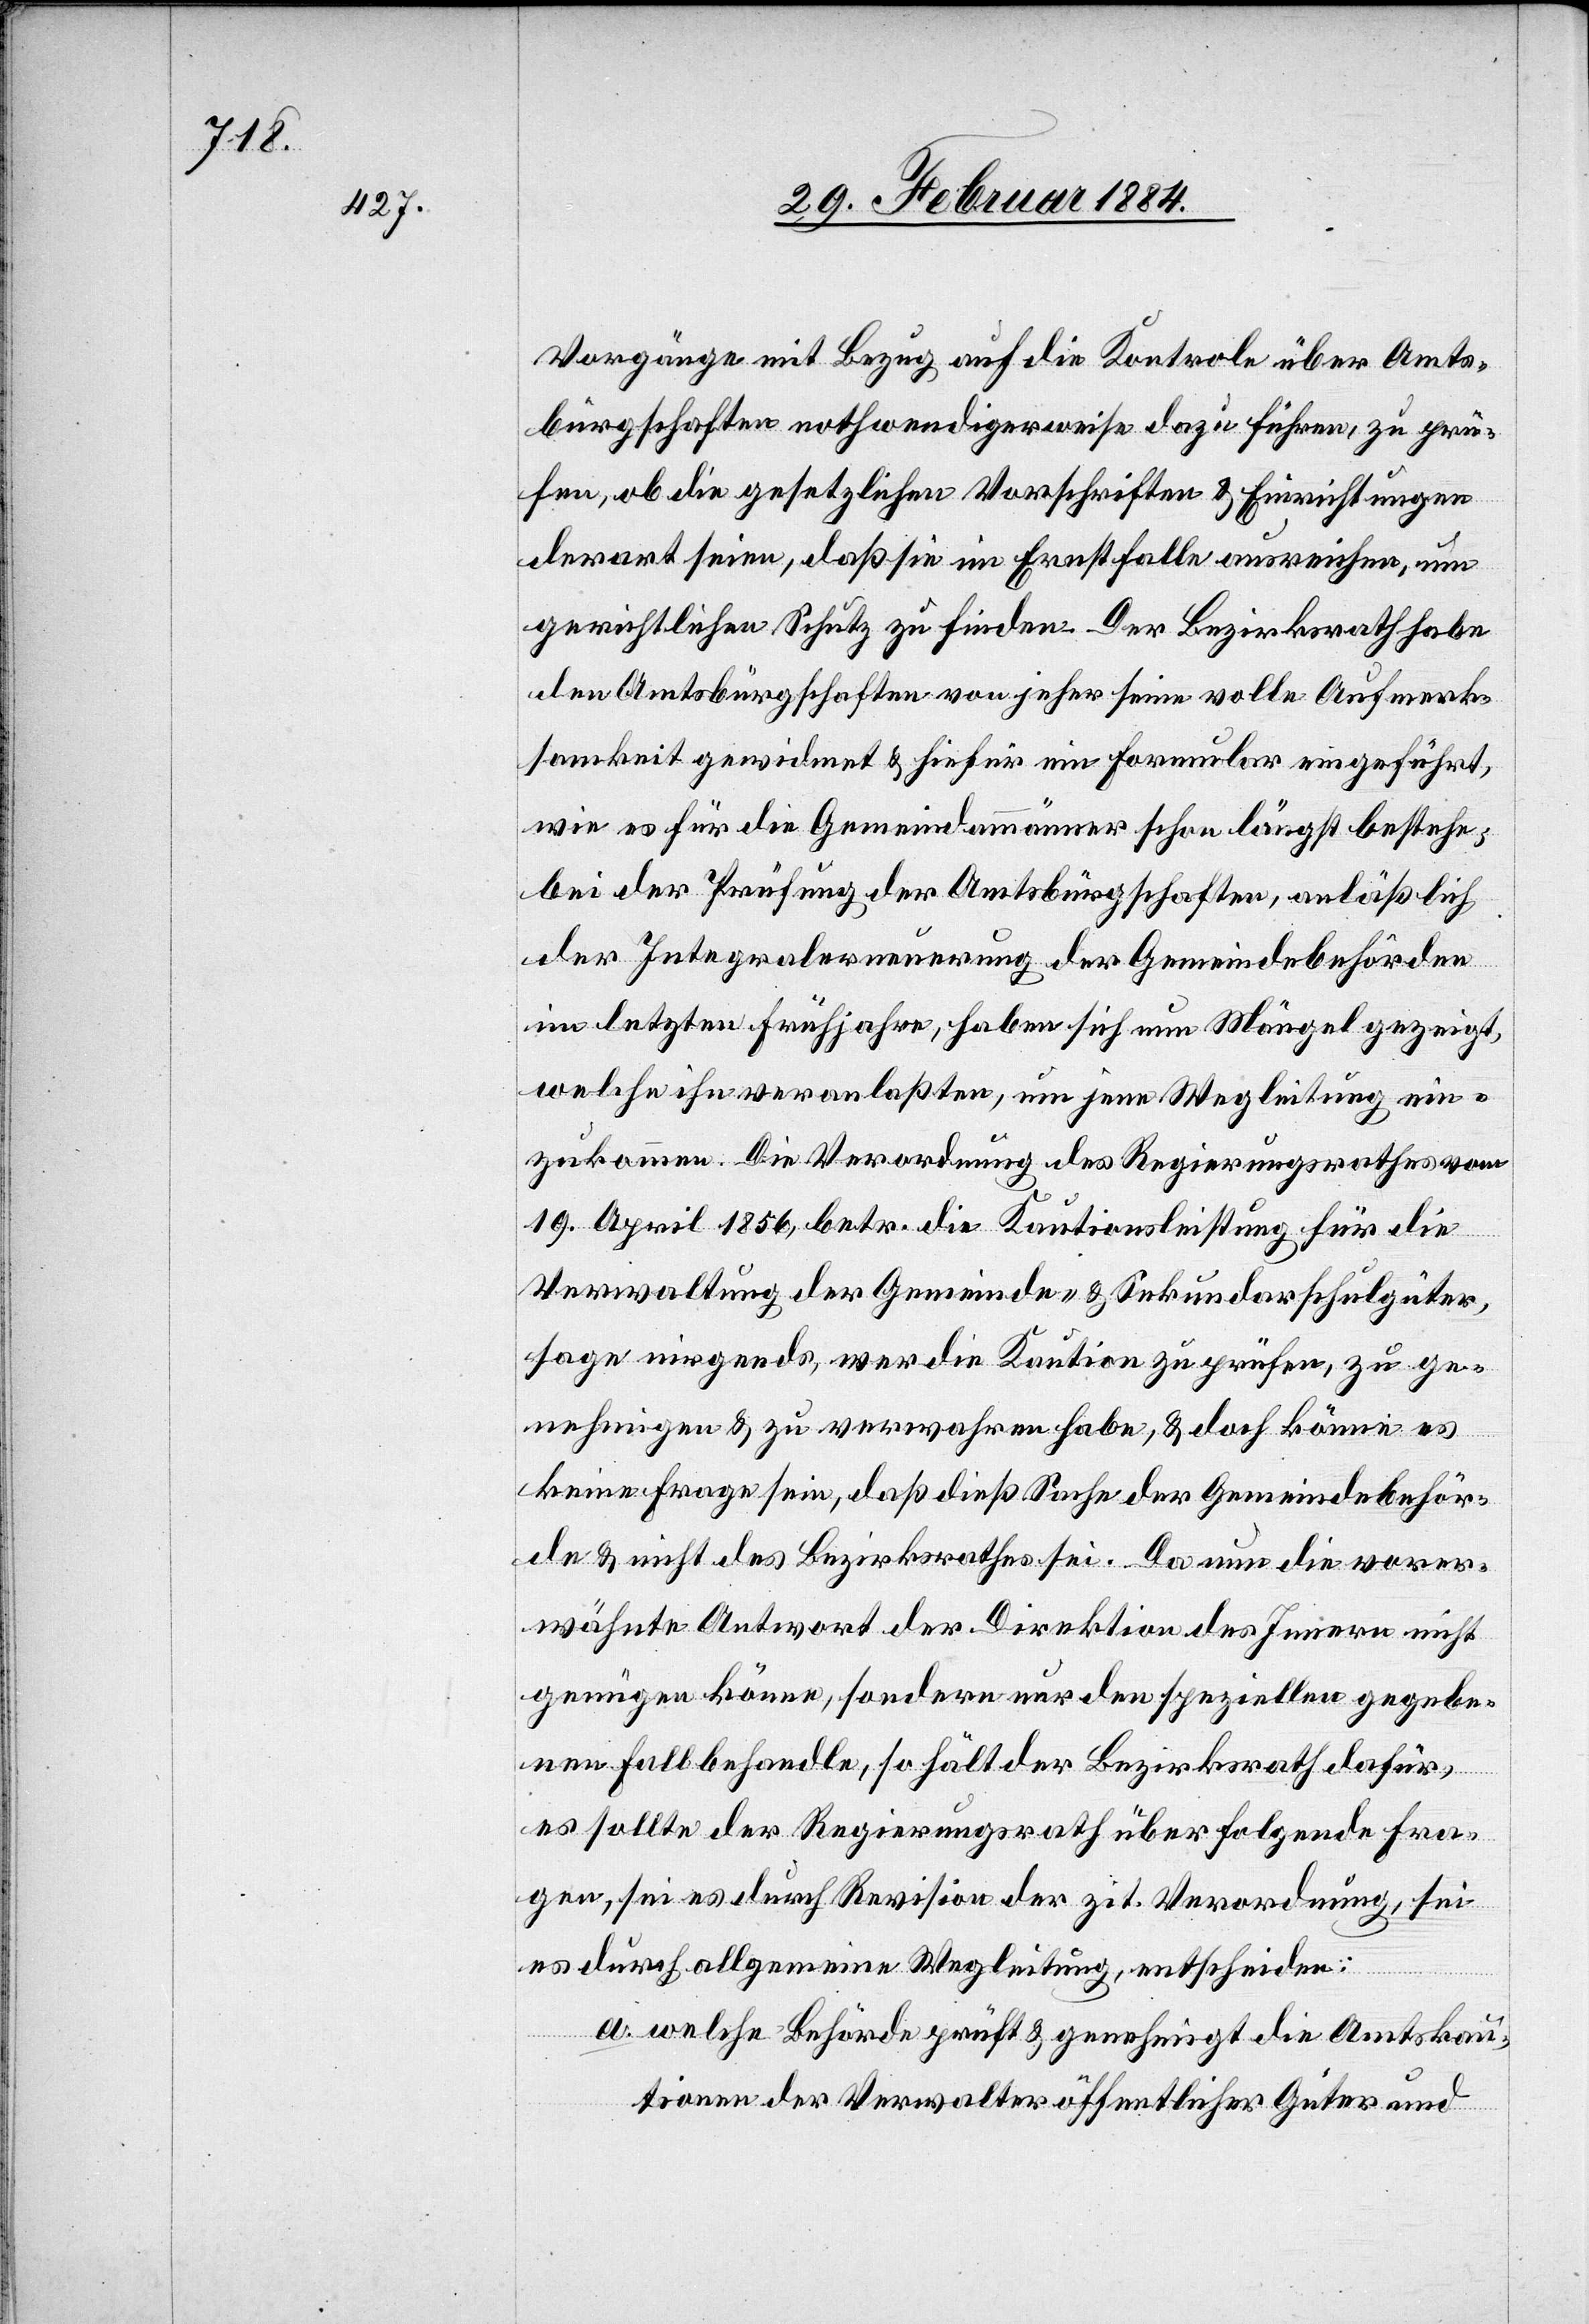
Vorgänge mit Bezug auf die Kontrole über Amts¬
bürgschaften nothwendigerweise dazu führen, zu prü¬
fen, ob die gesetzlichen Vorschriften & Einrichtungen
derart seien, daß sie im Ernstfalle ausreichen, um
gerichtlichen Schutz zu finden. Der Bezirksrath habe
den Amtsbürgschaften von jeher seine volle Aufmerk¬
samkeit gewidmet & hiefür ein Formular eingeführt,
wie es für die Gemeindammänner schon längst bestehe;
bei der Prüfung der Amtsbürgschaften, anläßlich
der Integralerneuerung der Gemeindebehörden
im letzten Frühjahre, haben sich nun Mängel gezeigt,
welche ihn veranlaßten, um jene Wegleitung ein¬
zukommen. Die Verordnung des Regierungsrathes vom
19. April 1856, betr. die Kautionsleistung für die
Verwaltung der Gemeinde- & Sekundarschulgüter,
sage nirgends, wer die Kaution zu prüfen, zu ge¬
nehmigen & zu verwahren habe, & doch könne es
keine Frage sein, daß dieß Sache der Gemeindebehör¬
de & nicht des Bezirksrathes sei. Da nun die vorer¬
wähnte Antwort der Direktion des Innern nicht
genügen könne, sondern nur den speziellen gegebe¬
n Fall behandle, so hält der Bezirksrath dafür,
es sollte der Regierungsrath über folgende Fra¬
gen, sei es durch Revision der zit. Verordnung, sei
es durch allgemeine Wegleitung entscheiden:
a. welche Behörde prüft & genehmigt die Amtskau¬
tionen der Verwalter öffentlicher Güter und